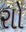
રાો